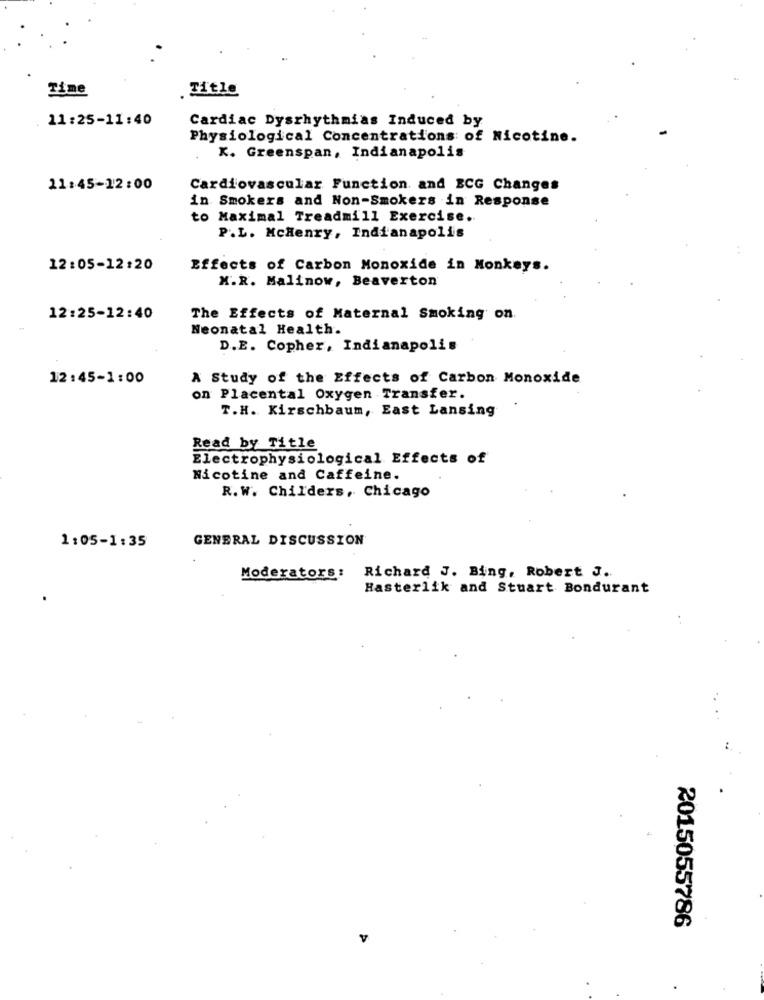
Time
Title
11:25-11:40
Cardiac Dysrhythmias Induced by
Physiological Concentrations of Nicotine.
K. Greenspan, Indianapolis
11:45-12:00
Cardiovascular Function and ECG Changes
in Smokers and Non-Smokers in Response
to Maximal Treadmill Exercise.
P.L. McHenry, Indianapolis
12:05-12:20
Effects of Carbon Monoxide in Monkeys.
M.R. Malinow, Beaverton
12:25-12:40
The Effects of Maternal Smoking on.
Neonatal Health.
D.E. Copher, Indianapolis
12:45-1:00
A Study of the Effects of Carbon Monoxide
on Placental Oxygen Transfer.
T.H. Kirschbaum, East Lansing
Read by Title
Electrophysiological Effects of
Nicotine and Caffeine.
R. W. Childers, Chicago
GENERAL DISCUSSION
1:05-1:35
Moderators:
Richard J. Bing, Robert J.
Hasterlik and Stuart Bondurant
2015055786
.